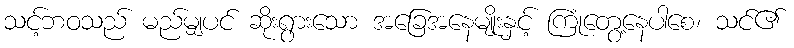
သင့်ဘဝသည် မည်မျှပင် ဆိုးရွားသော အခြေအနေမျိုးနှင့် ကြုံတွေ့နေပါစေ၊ သင်၏